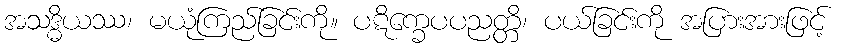
အသဒ္ဓိယဿ၊ မယုံကြည်ခြင်းကို။ ပဋိက္ခေပပညတ္တိ၊ ပယ်ခြင်းကို အပြားအားဖြင့်